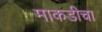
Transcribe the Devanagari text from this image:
माकडीचा